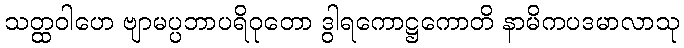
သတ္ထဝါဟေ ဗျာမပ္ပဘာပရိဝုတော ဒွါရကောဋ္ဌကောတိ နာမိကပဒမာလာသု